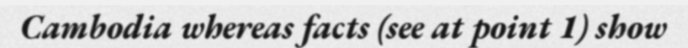
Cambodia whereas facts (see at point 1) show